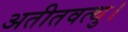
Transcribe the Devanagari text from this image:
अतीतवत्थु।